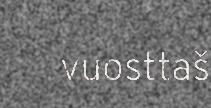
vuosttaš